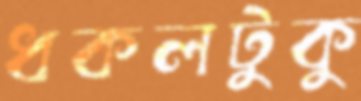
ধকলটুকু